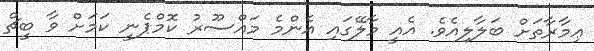
ޢިމާރާތަށް ބަލާލިއެވެ. އެއީ މާލޭގައި އެންމެ މައްސޫރު ކޮމްޕެނީ ކަމަށް ވާ ބީޗް